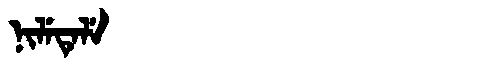
Manchu: ᠨᡳᠯᡝᡨᡝᠯᡝ
Romanization: NILETELE